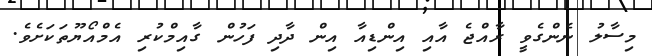
މިސާލު ނެންގެވީ ރާއްޖެ އާއި އިންޑިއާ އިން ދާދި ފަހުން ގާއިމްކުރި އެމްއޯޔޫތަކަށެވެ.